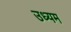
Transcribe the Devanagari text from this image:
उध्यम